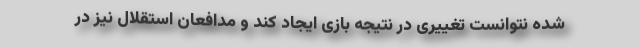
شده نتوانست تغییری در نتیجه بازی ایجاد کند و مدافعان استقلال نیز در